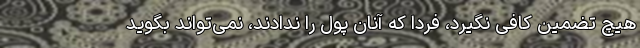
هیچ تضمین کافی نگیرد، فردا که آنان پول را ندادند، نمی‌تواند بگوید